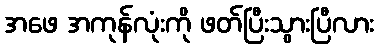
အဖေ အကုန်လုံးကို ဖတ်ပြီးသွားပြီလား